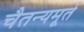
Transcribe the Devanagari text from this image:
चैतन्यमूर्त